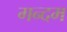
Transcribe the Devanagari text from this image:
गन्दम